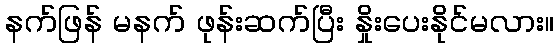
နက်ဖြန် မနက် ဖုန်းဆက်ပြီး နှိုးပေးနိုင်မလား။